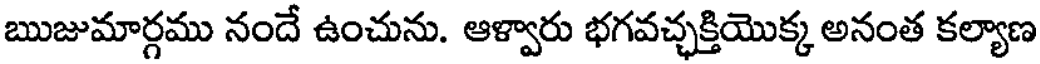
ఋజుమార్గము నందే ఉంచును. ఆళ్వారు భగవచ్ఛక్తియొక్క అనంత కల్యాణ